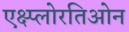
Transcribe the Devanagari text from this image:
एक्ष्प्लोरतिओन